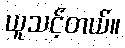
ယူသင့်တယ်။